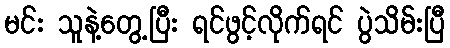
မင်း သူနဲ့တွေ့ပြီး ရင်ဖွင့်လိုက်ရင် ပွဲသိမ်းပြီ